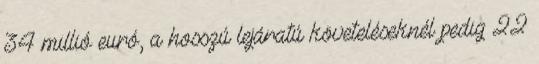
34 millió euró, a hosszú lejáratú követeléseknél pedig 22